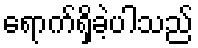
ရောက်ရှိခဲ့ပါသည်